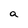
Character: a